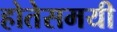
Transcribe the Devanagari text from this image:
होतेसमयी